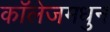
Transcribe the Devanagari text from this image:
कॉलेजमधुन